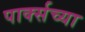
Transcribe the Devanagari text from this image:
पार्क्सच्या